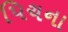
પિચના